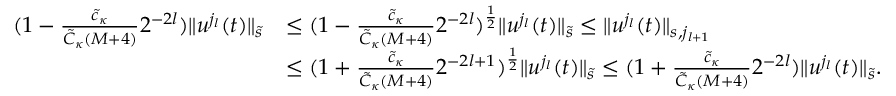
\begin{array} { r l } { ( 1 - \frac { \tilde { c } _ { \kappa } } { \tilde { C } _ { \kappa } ( M + 4 ) } 2 ^ { - 2 l } ) \| u ^ { j _ { l } } ( t ) \| _ { \tilde { s } } } & { \leq ( 1 - \frac { \tilde { c } _ { \kappa } } { \tilde { C } _ { \kappa } ( M + 4 ) } 2 ^ { - 2 l } ) ^ { \frac 1 2 } \| u ^ { j _ { l } } ( t ) \| _ { \tilde { s } } \leq \| u ^ { j _ { l } } ( t ) \| _ { s , j _ { l + 1 } } } \\ & { \leq ( 1 + \frac { \tilde { c } _ { \kappa } } { \tilde { C } _ { \kappa } ( M + 4 ) } 2 ^ { - 2 l + 1 } ) ^ { \frac 1 2 } \| u ^ { j _ { l } } ( t ) \| _ { \tilde { s } } \leq ( 1 + \frac { \tilde { c } _ { \kappa } } { \tilde { C } _ { \kappa } ( M + 4 ) } 2 ^ { - 2 l } ) \| u ^ { j _ { l } } ( t ) \| _ { \tilde { s } } . } \end{array}